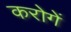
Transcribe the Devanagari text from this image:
करोगें